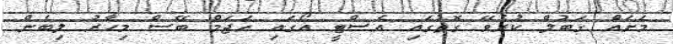
މަށައް ގަބުލް ކުރެވޭ ގޮތުގައި އެސްޓީ އޯގައި ހަޖަމް ބޭސް މިހާރު ލިބެން